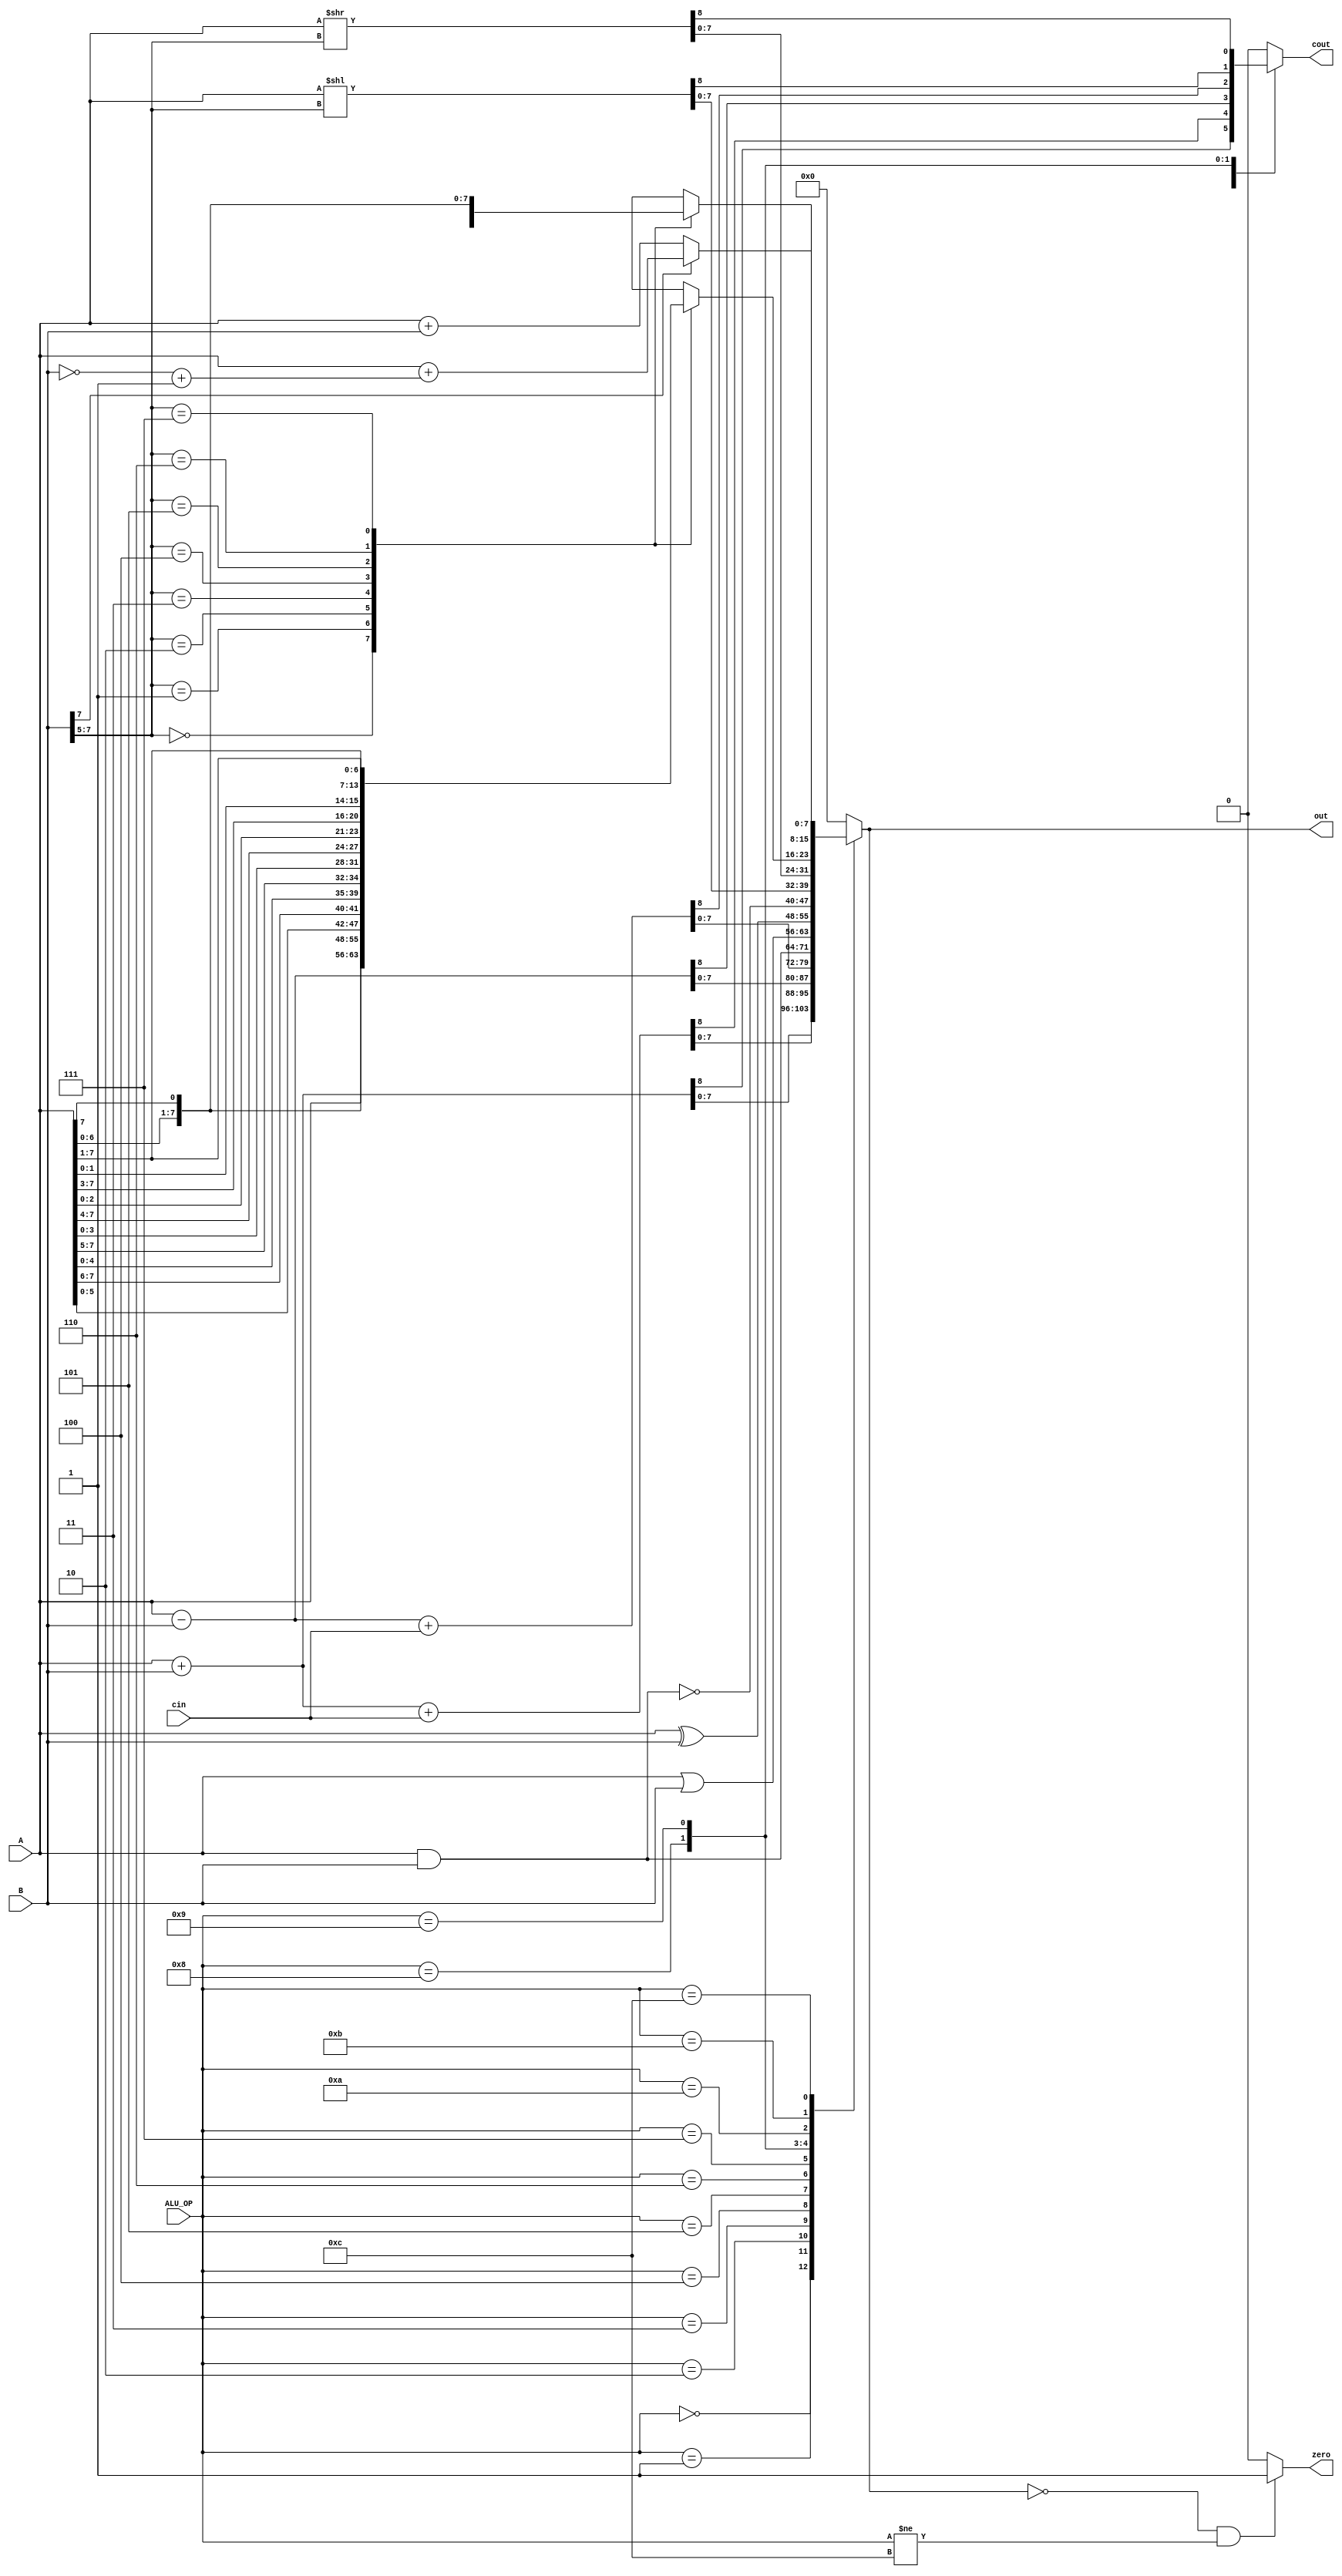
module ALU(
	input [7:0]A, B,
	input [3:0]ALU_OP,
	input cin,
	output reg[7:0]out,
	output reg cout, zero
);
	always@(A, B, cin, ALU_OP) begin
		out = 8'b0;
	    zero = 0;
	    cout = 0;
	    case (ALU_OP)
	      0 : {cout, out} = A + B;
	      1 : {cout, out} = A + B + cin;
	      2 : {cout, out} = A - B;
	      3 : {cout, out} = A - B + cin;
	      4 : out = A & B;
	      5 : out = A | B;
	      6 : out = A ^ B;
	      7 : out = ~(A & B);
	      8 : {cout, out} = A << B[7:5];
	      9 : {cout, out} = A >> B[7:5];
	      10: begin
	      		case (B[7:5])
	      			0 : out[7:0] = A;
	      			1 : out[7:0] = {A[6:0], A[7]};
	      			2 : out[7:0] = {A[5:0], A[7:6]};
	      			3 : out[7:0] = {A[4:0], A[7:5]};
	      			4 : out[7:0] = {A[3:0], A[7:4]};
	      			5 : out[7:0] = {A[2:0], A[7:3]};
	      			6 : out[7:0] = {A[1:0], A[7:2]};
	      			7 : out[7:0] = {A[1], A[7:1]};
	      		endcase
	      	  end
	      11: begin
	      		case (B[7:5])
	      			0 : out[7:0] = A;
	      			1 : out[7:0] = {A[0], A[7:1]};
	      			2 : out[7:0] = {A[1:0], A[7:2]};
	      			3 : out[7:0] = {A[2:0], A[7:3]};
	      			4 : out[7:0] = {A[3:0], A[7:4]};
	      			5 : out[7:0] = {A[4:0], A[7:5]};
	      			6 : out[7:0] = {A[5:0], A[7:6]};
	      			7 : out[7:0] = {A[6:0], A[7]};
	      		endcase
	      	  end
	      12: begin
	      		if(B[7] == 0)
	      			out = A + B;
	      		else 
	      			out = A + (~B + 1'b1);	
	      	  end
	    endcase
	    if(out == 8'b0 && ALU_OP != 4'b1100)
	    	zero = 1;
	end
endmodule

module ALUTB();
	reg [7:0]A, B;
	reg [3:0]ALU_OP;
	reg cin;
	wire [7:0]out;
	wire cout, zero;

	ALU a1(A, B, ALU_OP, cin, out, cout, zero);
	initial begin
		A = 8'b00000011;
		B = 8'b00000011;
		cin = 1'b1;
		ALU_OP = 4'b0000;
		#100;
		A = 8'b00000011;
		B = 8'b00000011;
		cin = 1'b1;
		ALU_OP = 4'b0001;
		#100;
		A = 8'b00000011;
		B = 8'b00000011;
		cin = 1'b1;
		ALU_OP = 4'b0010;
		#100;
		A = 8'b00000011;
		B = 8'b00000011;
		cin = 1'b1;
		ALU_OP = 4'b0011;
		#100;
		A = 8'b00000011;
		B = 8'b00000011;
		cin = 1'b1;
		ALU_OP = 4'b0100;
		#100;
		A = 8'b00000011;
		B = 8'b00000011;
		cin = 1'b1;
		ALU_OP = 4'b0101;
		#100;
		A = 8'b00000011;
		B = 8'b00000011;
		cin = 1'b1;
		ALU_OP = 4'b0110;
		#100;
		A = 8'b00000011;
		B = 8'b00000011;
		cin = 1'b1;
		ALU_OP = 4'b0111;
		#100;
		A = 8'b00000011;
		B = 8'b01000000;
		cin = 1'b1;
		ALU_OP = 4'b1000;
		#100;
		A = 8'b00000011;
		B = 8'b01000000;
		cin = 1'b1;
		ALU_OP = 4'b1001;
		#100;
		A = 8'b00000011;
		B = 8'b01000000;
		cin = 1'b1;
		ALU_OP = 4'b1010;
		#100;
		A = 8'b00000011;
		B = 8'b01000000;
		cin = 1'b1;
		ALU_OP = 4'b1011;
		#100;
		$stop;
	end
endmodule